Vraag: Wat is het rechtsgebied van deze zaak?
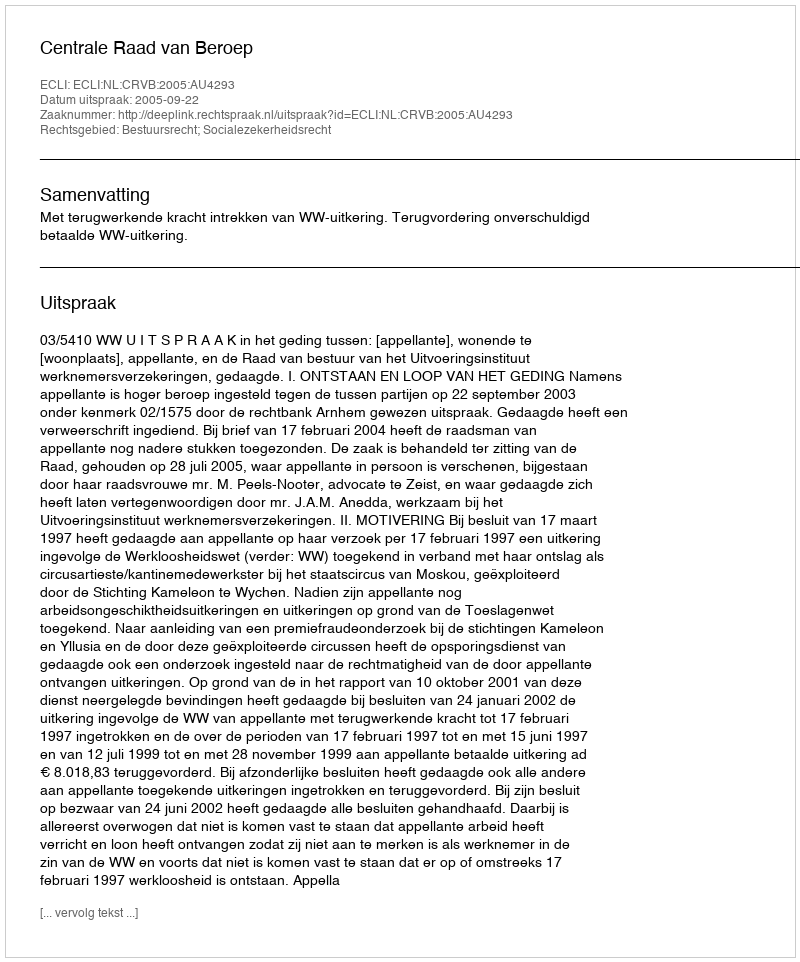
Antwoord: Bestuursrecht; Socialezekerheidsrecht